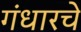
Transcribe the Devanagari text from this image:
गंधारचे